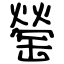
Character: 罃